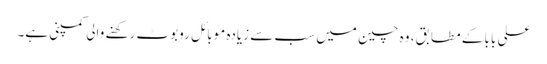
علی بابا کے مطابق، وہ چین میں سب سے زیادہ موبائل روبوٹ رکھنے والی کمپنی ہے۔